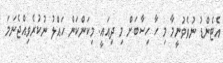
އެޓެންޑު ނުވެވުނީމާ މި ހާ ހިސާބަށް މި ދިއައީ. މިކަންކަން ހައްލު ނުކުރެވިއްޖެނަމަ